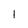
Character: I